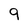
Character: 9